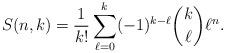
LaTeX: \begin{align*}S(n,k)=\frac1{k!}\sum_{\ell=0}^k(-1)^{k-\ell}\binom{k}{\ell}\ell^{n}.\end{align*}